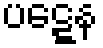
ပဋ္ဋေန